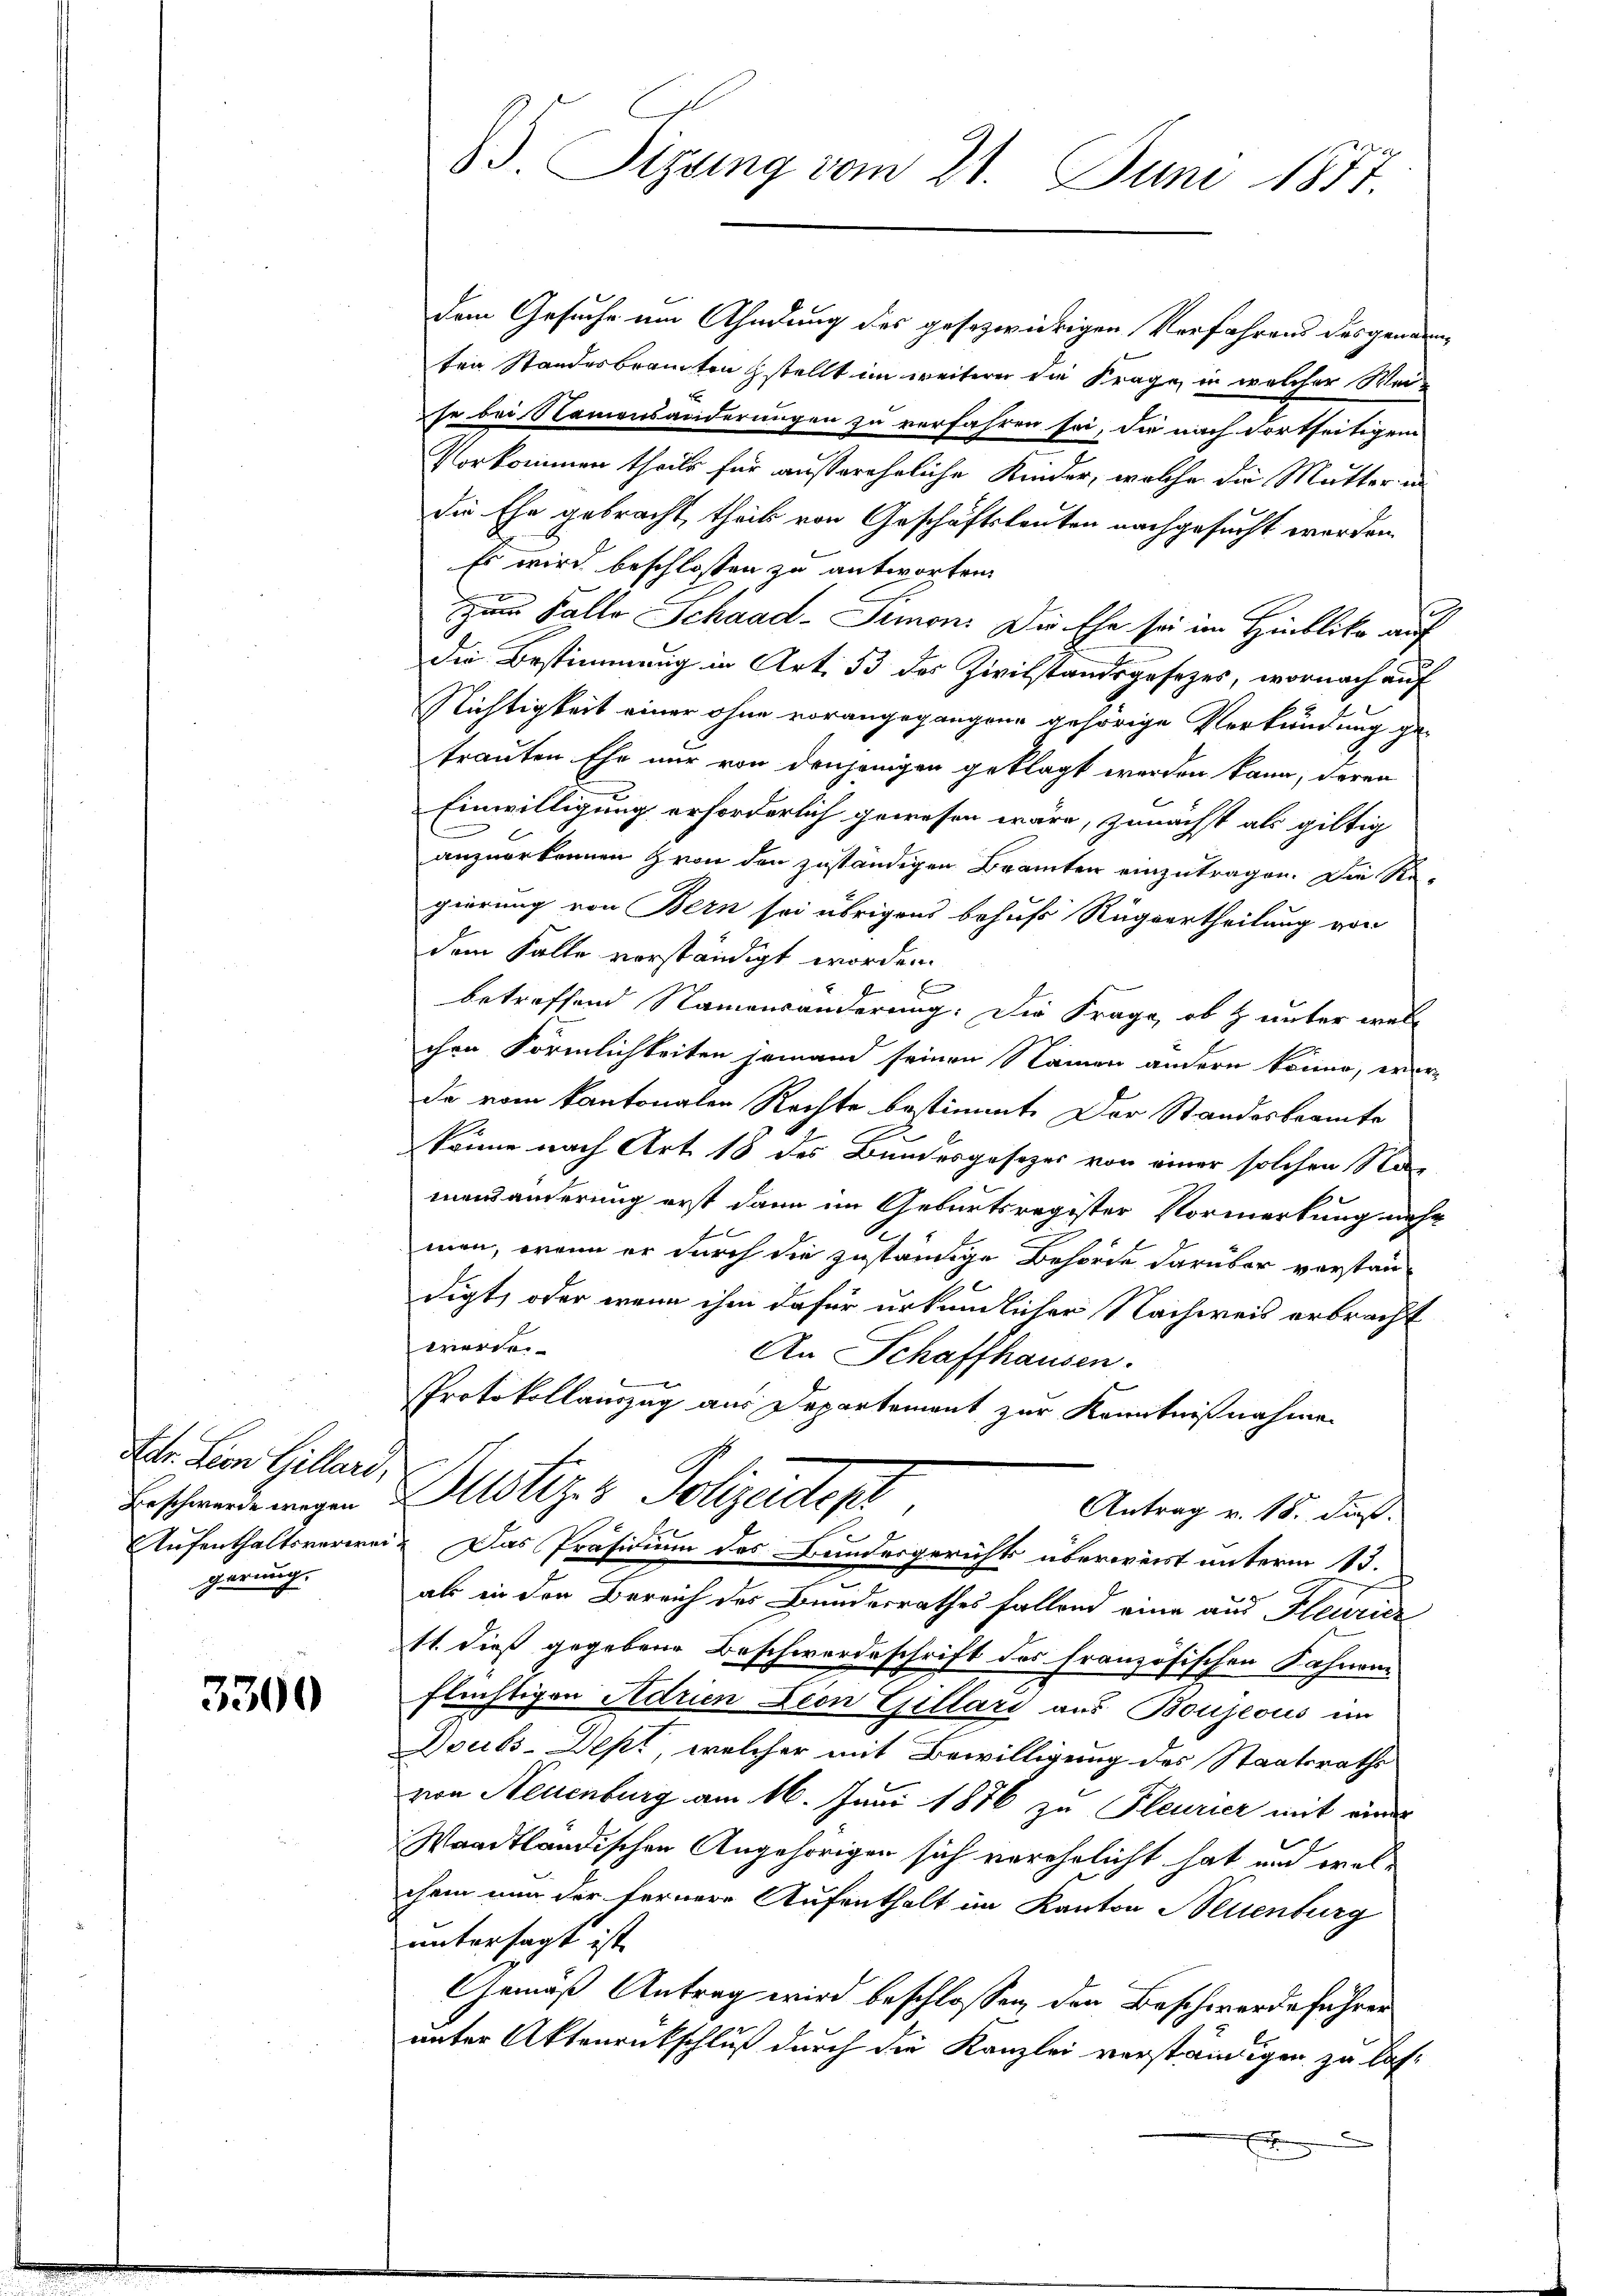
Atr. Lion Gillari,
Beschwerde wegen
gerung.

3300

33. Sizung vom 21. Juni 1877.

dem Gesuche um Ahndung des gesezwidrigen Verfahrens des genarnten Standesbrannten stellt im weiterer die Frage in welcher Weise bei Namensänderungen zu verfahren sei, die nach dortseitigem
Vorkommen theile für außereheliche Kinder, welche die Mutter in
die Ehe gebracht, theils von Geschäftsleuten nachgesucht werden.
Es wird beschlossen zu antworten
zum Falle Schaad-Simon. Die Ehe sei im Hinblika auf
die Bestimmung in Art. 33 des Zivilstandsgesezes, wornach auf
Nichtigkeit einer ohne vorangegangene gehörige Verkündung ge-
trauten Ehe nur von denjenigen geklagt werden kann, deren
Einwilligung erforderlich gewesen wäre, zunächst als giltig
anzuerkennen von den zuständigen Beamten einzutragen. Die Regierung von Bern sei übrigens behufs Rugvertheilung von
dem Falle vorständigt worden.
b
betreffend Namensänderung. Die Frage, ob & unter welc
chen Förmlichkeiten jemand seinen Namen andern könne, wer-
de vom kantonalen Rechte bestimmt. Der Standesbeamte
könne nach Art 18 des Bundesgesezes von einer solchen Sta
mensänderung erst dann im Geburtsregister Vormerkung nehm
men, wenn er durch die zuständige Behörde darüber verstandigt, oder wenn ihm dafür urkundlicher Nachweis erbracht
werde.
An Schaffhausen.
Protokollauszug aus Departement zur Kenntnißnahmen
Justiz & Polizeiten
Antrag v. 18. dieß.
Aufenthaltsverwei- Das Präsidium des Bundesgerichts überweist unterm 13.
g
als in den Bereich des Bundesrathes fallend eine aus Heurie
11. dieß gegebene Beschwerdeschrift des Französischen Fahnen
flüchtigen Adrien Leon Gillars aus Boujeous im
Doubs-Dept, welcher mit Bewilligung des Staatsrathe
von Neuenburg am 16. Juni 1876 zu Pleurier mit einer
Waadtländischen Angehörigen sich verehelicht hat und welchem nun der fernere Aufenthalt im Kanton Neuenburg
untersagt ist.
Gemäß Antrag wird beschlossen, den Beschwerdeführer
unter Aktenrückschluß durch die Kanzlei verständigen zu las¬
.